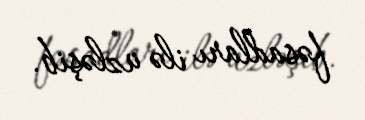
fəsadları ilə üzləşib.